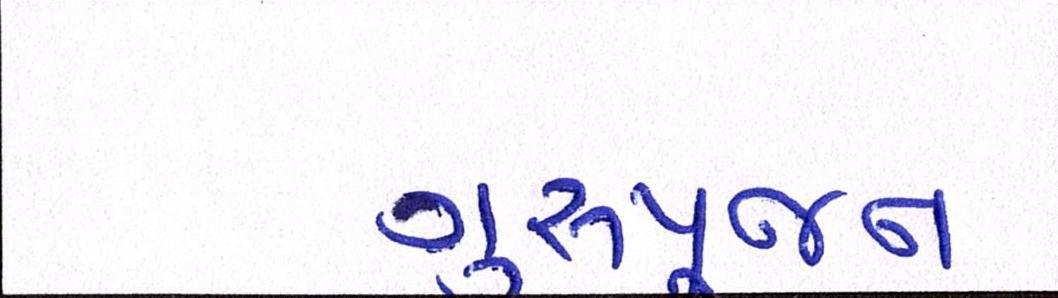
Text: ગુરૂપૂજન